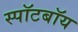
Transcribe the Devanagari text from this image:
स्पॉटबॉय